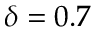
\delta = 0 . 7